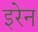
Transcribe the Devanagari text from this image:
इरेन